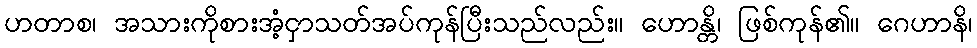
ဟတာစ၊ အသားကိုစားအံ့ငှာသတ်အပ်ကုန်ပြီးသည်လည်း။ ဟောန္တိ၊ ဖြစ်ကုန်၏။ ဂေဟာနိ၊